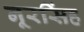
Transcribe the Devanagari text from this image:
नूरसिंह